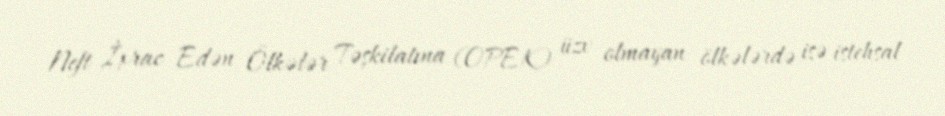
Neft İxrac Edən Ölkələr Təşkilatına (OPEK) üzv olmayan ölkələrdə isə istehsal